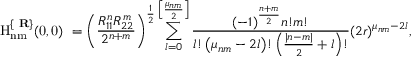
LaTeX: \mathrm { ~ H _ { n m } ^ { \{ { \bf ~ R } \} } ( 0 , 0 ) ~ } = \left( \frac { R _ { 1 1 } ^ { n } R _ { 2 2 } ^ { m } } { 2 ^ { n + m } } \right) ^ { \frac 1 2 } \sum _ { l = 0 } ^ { \left[ \frac { \mu _ { n m } } 2 \right] } \frac { ( - 1 ) ^ { \frac { n + m } 2 } n ! m ! } { l ! \left( \mu _ { n m } - 2 l \right) ! \left( \frac { | n - m | } 2 + l \right) ! } ( 2 r ) ^ { \mu _ { n m } - 2 l } ,